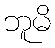
ဘူမိ